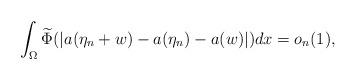
LaTeX: \begin{align*}\int_{\Omega}\widetilde{\Phi}(\vert a(\eta_{n} + w) - a(\eta_{n}) - a(w)\vert)dx = o_{n}(1),\end{align*}